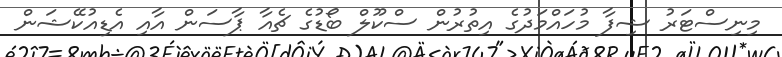
މިނިސްޓަރު ޝިފާ މުހައްމަދުގެ އިތުރުން ސްކޫލް ބޯޑުގެ ޗެއާ ޕާސަން އާއި އެޑިއުކޭޝަން